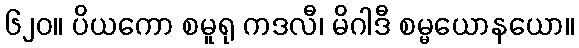
၆၂၀။ ပိယကော စမူရု ကဒလီ၊ မိဂါဒီ စမ္မယောနယော။